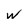
Character: w